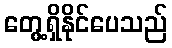
တွေ့ရှိနိုင်ပေသည်